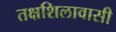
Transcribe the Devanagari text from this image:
तक्षशिलावासी